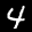
Label: 4